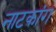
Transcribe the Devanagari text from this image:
नाटकांग